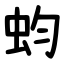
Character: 蚐